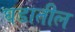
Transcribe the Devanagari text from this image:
घडातील